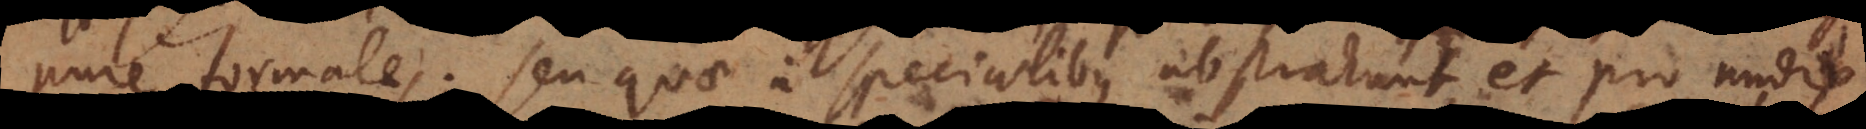
pure formales; seu quae a specialibus abstrahunt, et pro modis